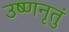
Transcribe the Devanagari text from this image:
उष्णनृतुं